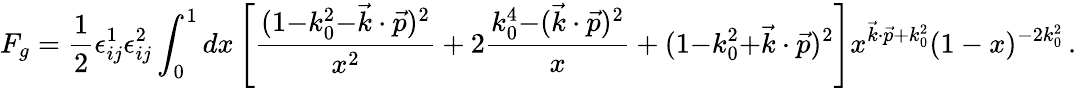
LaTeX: F_{g}={\frac{1}{2}}\epsilon_{ij}^{1}\epsilon_{ij}^{2}\int_{0}^{1}dx\left[{\frac{(1{-}k_{0}^{2}{-}\vec{k}\cdot\vec{p})^{2}}{x^{2}}}+2{\frac{k_{0}^{4}{-}(\vec{k}\cdot\vec{p})^{2}}{x}}+(1{-}k_{0}^{2}{+}\vec{k}\cdot\vec{p})^{2}\right]x^{\vec{k}\cdot\vec{p}+k_{0}^{2}}(1-x)^{-2k_{0}^{2}}\, .